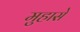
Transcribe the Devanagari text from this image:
मुहासे